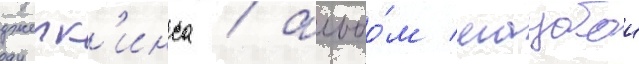
дженк'инса / альбо́м маубои